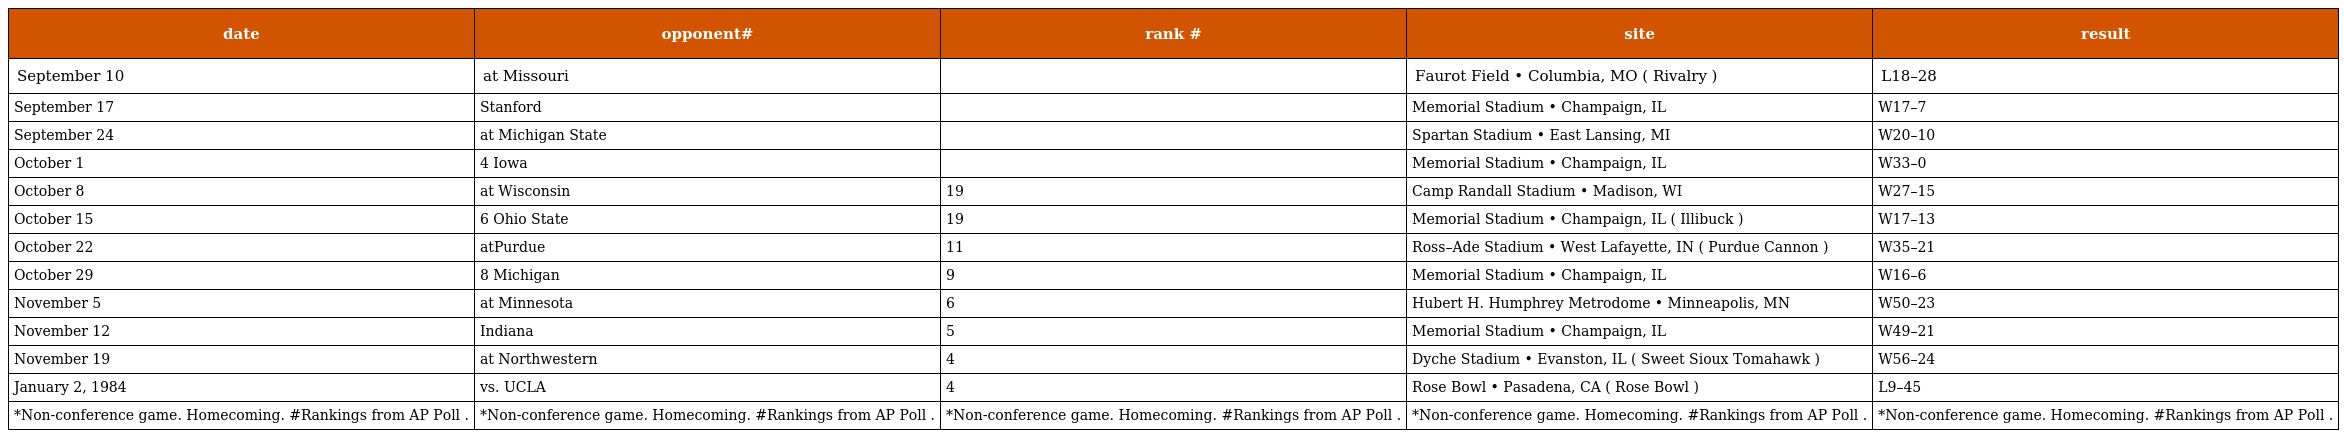
| date | opponent# | rank # | site | result |
 | --- | --- | --- | --- | --- |
 | September 10 | at Missouri |  | Faurot Field • Columbia, MO ( Rivalry ) | L18–28 |
 | September 17 | Stanford |  | Memorial Stadium • Champaign, IL | W17–7 |
 | September 24 | at Michigan State |  | Spartan Stadium • East Lansing, MI | W20–10 |
 | October 1 | 4 Iowa |  | Memorial Stadium • Champaign, IL | W33–0 |
 | October 8 | at Wisconsin | 19 | Camp Randall Stadium • Madison, WI | W27–15 |
 | October 15 | 6 Ohio State | 19 | Memorial Stadium • Champaign, IL ( Illibuck ) | W17–13 |
 | October 22 | atPurdue | 11 | Ross–Ade Stadium • West Lafayette, IN ( Purdue Cannon ) | W35–21 |
 | October 29 | 8 Michigan | 9 | Memorial Stadium • Champaign, IL | W16–6 |
 | November 5 | at Minnesota | 6 | Hubert H. Humphrey Metrodome • Minneapolis, MN | W50–23 |
 | November 12 | Indiana | 5 | Memorial Stadium • Champaign, IL | W49–21 |
 | November 19 | at Northwestern | 4 | Dyche Stadium • Evanston, IL ( Sweet Sioux Tomahawk ) | W56–24 |
 | January 2, 1984 | vs. UCLA | 4 | Rose Bowl • Pasadena, CA ( Rose Bowl ) | L9–45 |
 | *Non-conference game. Homecoming. #Rankings from AP Poll . | *Non-conference game. Homecoming. #Rankings from AP Poll . | *Non-conference game. Homecoming. #Rankings from AP Poll . | *Non-conference game. Homecoming. #Rankings from AP Poll . | *Non-conference game. Homecoming. #Rankings from AP Poll . |